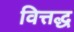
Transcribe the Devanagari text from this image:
वित्तद्ध